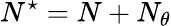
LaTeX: N^{\star}=N+N_{\theta}